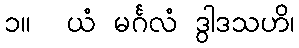
၁။  ယံ မင်္ဂလံ ဒွါဒသဟိ၊